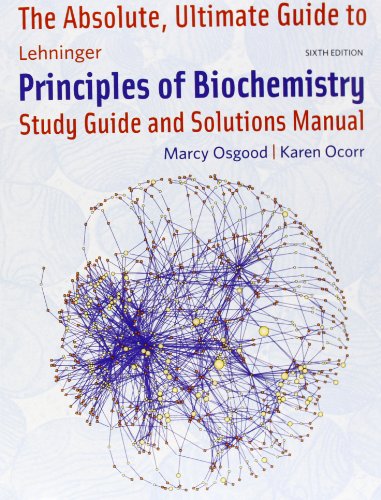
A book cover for Absolute Ultimate Guide for Lehninger Principles of Biochemistry; David L. Nelson; Engineering & Transportation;